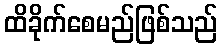
ထိခိုက်စေမည်ဖြစ်သည်